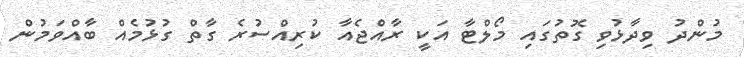
މުންދު ވިދާޅުވި ގޮތުގައި މޯލްޓާ އަކީ ރާއްޖެއާ ކުރިއްސުރެ ގާތް ގުޅުމެއް ބާއްވަމުން